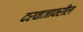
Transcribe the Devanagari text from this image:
दरवाजावरील